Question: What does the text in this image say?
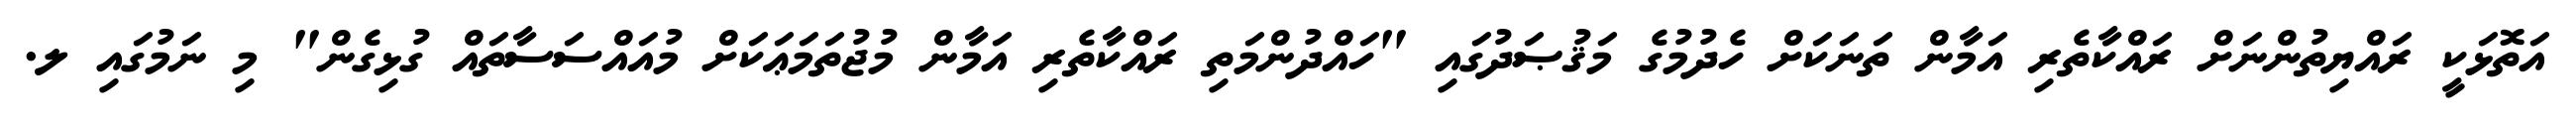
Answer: އަތޮޅަކީ ރައްޔިތުންނަށް ރައްކާތެރި އަމާން ތަނަކަށް ހެދުމުގެ މަޤުޞަދުގައި "ހައްދުންމަތި ރައްކާތެރި އަމާން މުޖުތަމަޢަކަށް މުއައްސަސާތައް ގުޅިގެން" މި ނަމުގައި ލ.